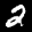
Label: 2